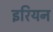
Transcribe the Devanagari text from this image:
इरियन